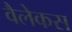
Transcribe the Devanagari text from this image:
वैलेकस